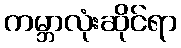
ကမ္ဘာလုံးဆိုင်ရာ